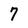
Character: 7